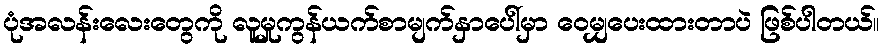
ပုံအလန်းလေးတွေကို လူမှုကွန်ယက်စာမျက်နှာပေါ်မှာ ဝေမျှပေးထားတာပဲ ဖြစ်ပါတယ်။